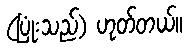
(ပြုံးသည်) ဟုတ်တယ်။